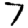
Digit: 7